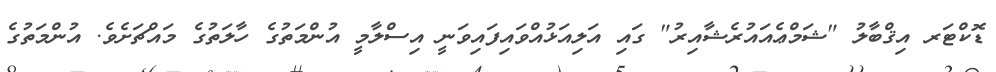
ޑޮކްޓަރ އިޤްބާލު "ޝަމްޢެއައުރެޝާއިރު" ގައި އަލިއަޅުއްވައިފައިވަނީ އިސްލާމީ އުންމަތުގެ ހާލަތުގެ މައްޗަށެވެ. އުންމަތުގެ